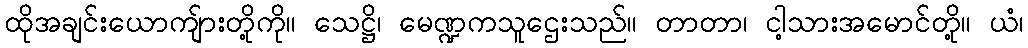
ထိုအချင်းယောကျ်ားတို့ကို။ သေဋ္ဌိ၊ မေဏ္ဍကသူဌေးသည်။ တာတာ၊ ငါ့သားအမောင်တို့။ ယံ၊